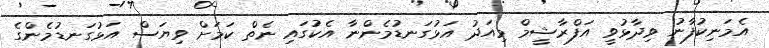
އެމަނިކުފާނު ވިދާޅުވީ އަފްރާޝީމް މިއަދު އަޅުގަނޑުމެންނާ އެކުގައި ނެތް ކަމަށް ވިޔަސް އަޅުގަނޑުމެންގެ